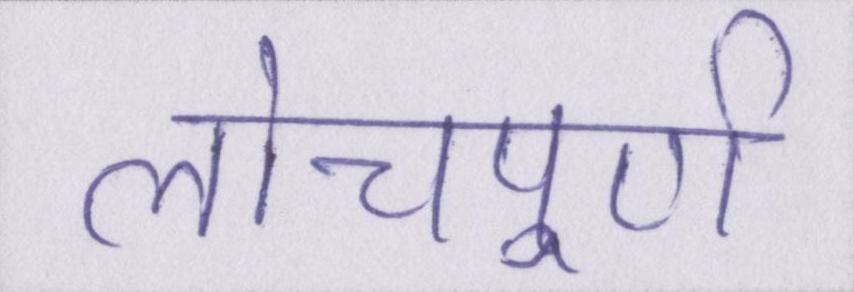
लोचपूर्ण